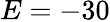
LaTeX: E=-30